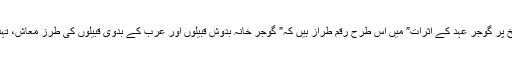
مفتی عبدالغنی الازہری الشاشی اپنے ایک مقالہ” مشرقی وسطی کی تاریخ پر گوجر عہد کے اثرات” میں اس طرح رقم طراز ہیں کہ” گوجر خانہ بدوش قبیلوں اور عرب کے بدوی قبیلوں کی طرز معاش، تہذیب، رہن سہن شکل کے طریقے آج بھی آپس میں بہت ملتے جلتے ہیں۔